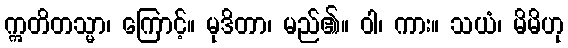
ဣတိတသ္မာ၊ ကြောင့်။ မုဒိတာ၊ မည်၏။ ဝါ၊ ကား။ သယံ၊ မိမိဟု